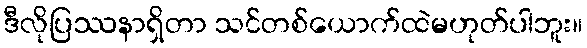
ဒီလိုပြဿနာရှိတာ သင်တစ်ယောက်ထဲမဟုတ်ပါဘူး။